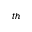
^ { t h }